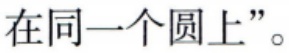
在同一个圆上”。